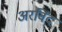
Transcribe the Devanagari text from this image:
अरविंद